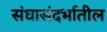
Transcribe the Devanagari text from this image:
संघासंदर्भातील